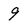
Character: 9